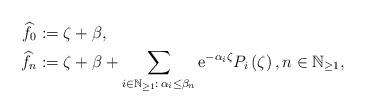
LaTeX: \begin{align*}\widehat{f}_{0} & := \zeta +\beta , \\\widehat{f}_{n} &:=\zeta +\beta +\sum_{i\in\mathbb N_{\geq 1}:\,\alpha_i\leq\beta_{n}}\mathrm{e}^{-\alpha_i \zeta }P_{i}\left(\zeta \right), n\in \mathbb{N}_{\geq 1}, \end{align*}